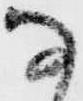
な